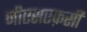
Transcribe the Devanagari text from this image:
जीएसएफ़सी